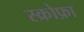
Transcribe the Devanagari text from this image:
स्क्रोफ़ा